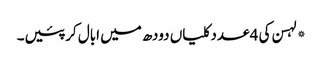
*لہسن کی 4 عدد کلیاں دودھ میں ابال کر پئیں۔